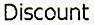
DISCOUNT